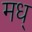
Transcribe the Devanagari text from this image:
मध्